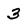
Character: 3